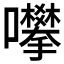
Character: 𱕮